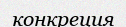
конкреция